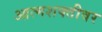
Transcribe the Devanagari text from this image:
आत्मशक्तीवर